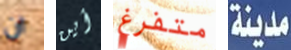
ان أين متفرغ مدينة